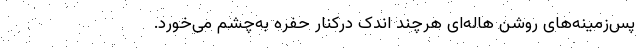
پس‌زمینه‌های روشن هاله‌ای هرچند اندک درکنار حفره به‌چشم می‌خورد.